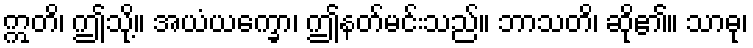
ဣတိ၊ ဤသို့။ အယံယက္ခော၊ ဤနတ်မင်းသည်။ ဘာသတိ၊ ဆို၏။ သာဓု၊